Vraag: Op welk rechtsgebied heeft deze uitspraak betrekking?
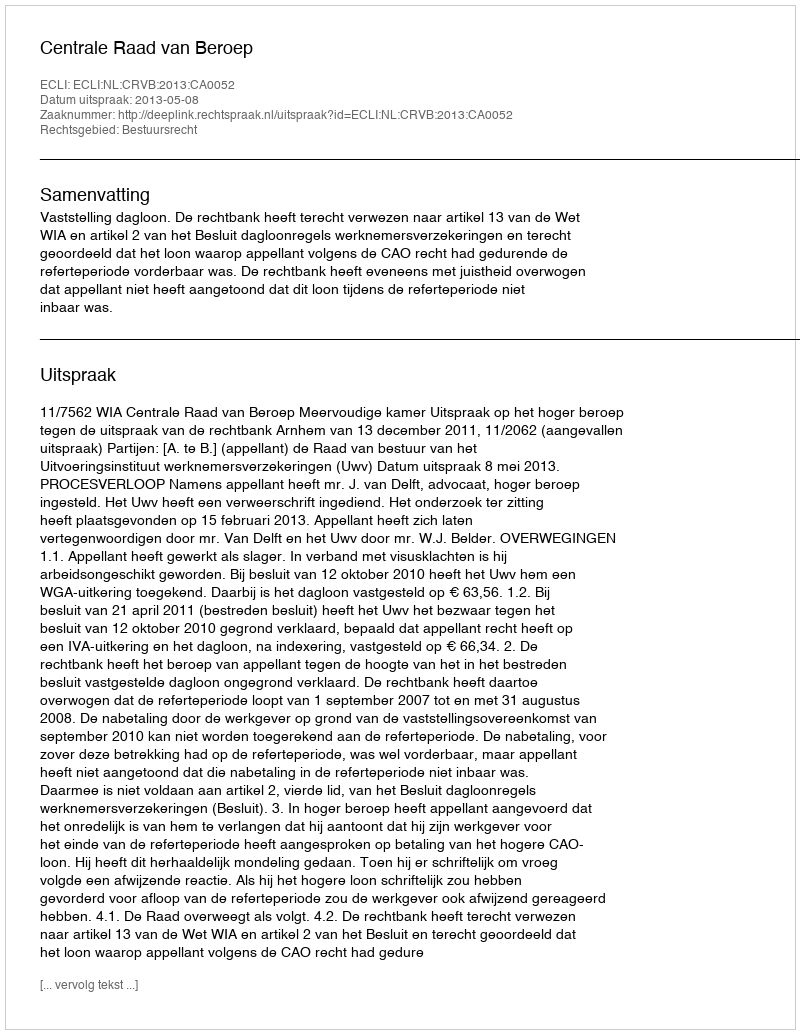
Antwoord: Bestuursrecht